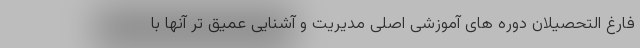
فارغ التحصیلان دوره های آموزشی اصلی مدیریت و آشنایی عمیق تر آنها با